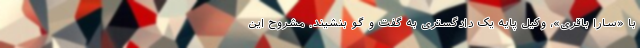
با «سارا باقری»، وکیل پایه یک دادگستری به گفت و گو بنشیند. مشروح این